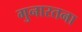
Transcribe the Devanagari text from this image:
गुनारतना